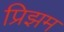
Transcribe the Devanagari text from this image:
प्रिझम